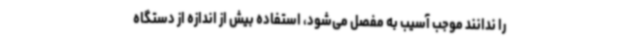
را ندانند موجب آسیب به مفصل می‌شود، استفاده بیش از اندازه از دستگاه